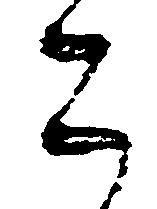
こ